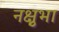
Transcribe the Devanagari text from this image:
नक्षुभा